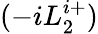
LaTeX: (-iL_{2}^{i+})